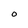
Character: O